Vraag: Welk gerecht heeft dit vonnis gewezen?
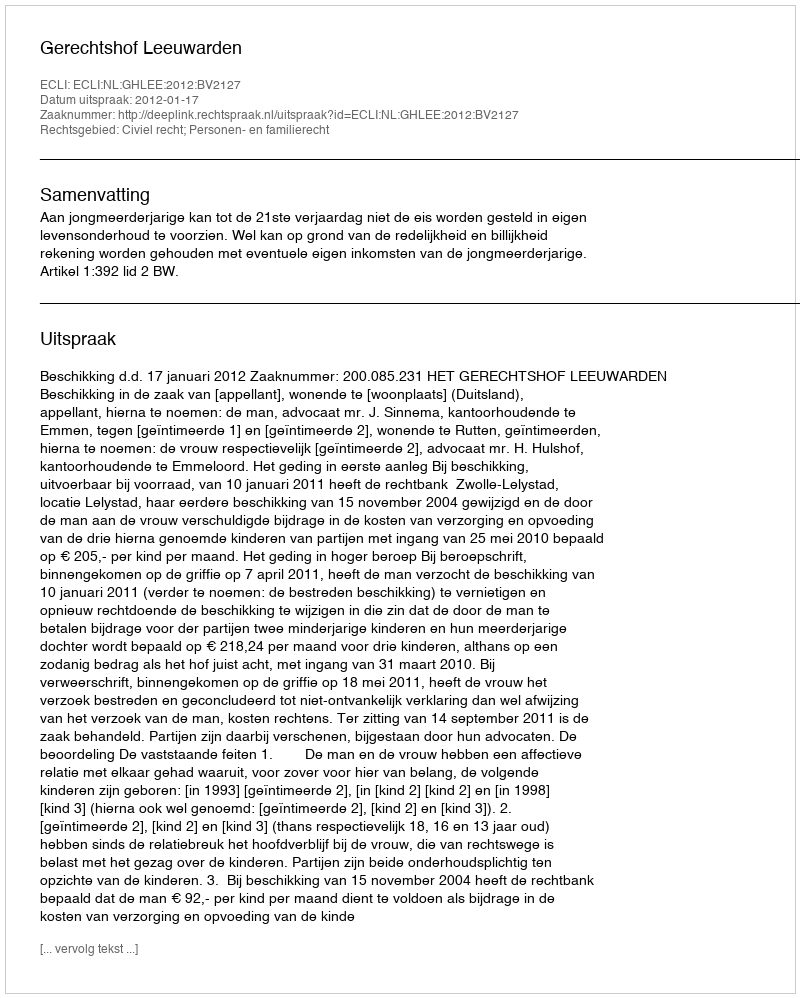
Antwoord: Gerechtshof Leeuwarden